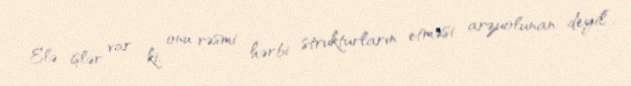
Elə işlər var ki, onu rəsmi hərbi strukturların etməsi arzuolunan deyil”.